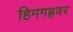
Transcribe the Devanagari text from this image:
हिमगह्रवर